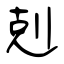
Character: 剋